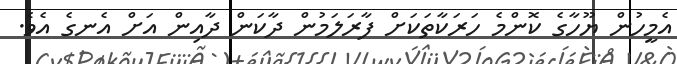
އެމީހުން ޔޫހާގެ ކޮންމެ ހަރަކާތަކަށް ފާރަލަމުން ދާކަން ދާއިން އަށް އެނގެ އެވެ.